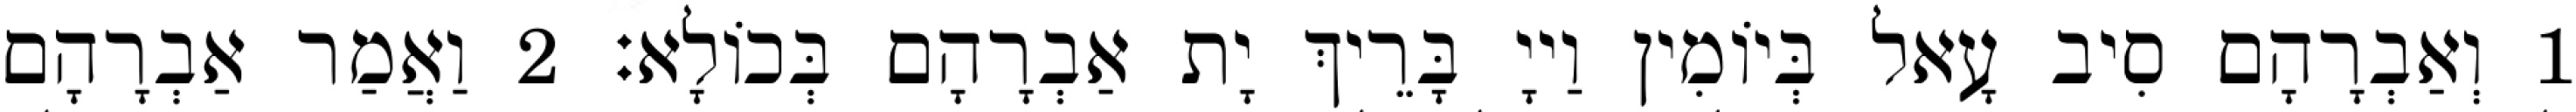
1 וְאַבְרָהָם סִיב עָאל בְּיוֹמִין וַייָ בָּרֵיךְ יָת אַבְרָהָם בְּכוֹלָא׃ 2 וַאֲמַר אַבְרָהָם